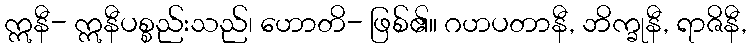
ဣနီ- ဣနီပစ္စည်းသည်၊ ဟောတိ- ဖြစ်၏။ ဂဟပတာနီ, ဘိက္ခုနီ, ရာဇိနီ,